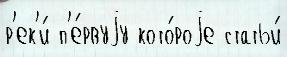
р'ек'и́ п'е́рвуjу кото́роjе статьи́